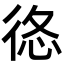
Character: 𢓿